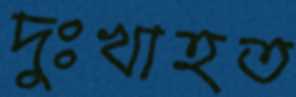
দুঃখাহত